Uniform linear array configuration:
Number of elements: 12
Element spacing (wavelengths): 0.5
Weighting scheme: cosine
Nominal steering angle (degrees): -60
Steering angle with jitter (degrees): -59.309
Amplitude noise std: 0.05
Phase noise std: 0.05

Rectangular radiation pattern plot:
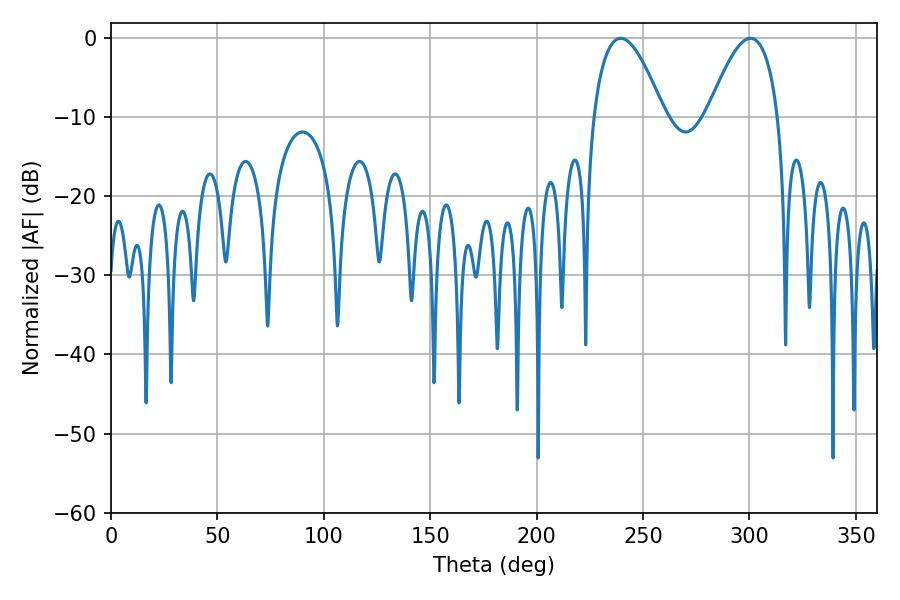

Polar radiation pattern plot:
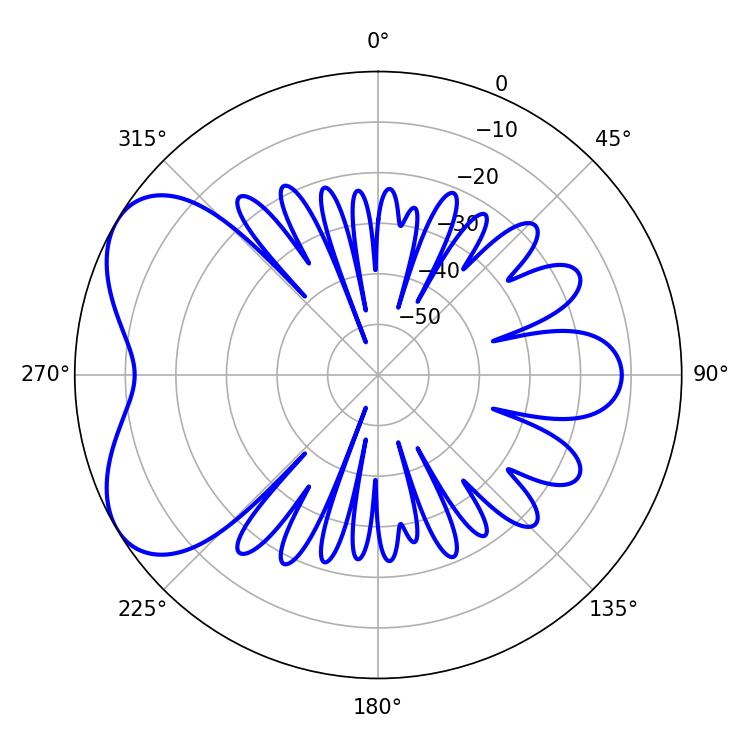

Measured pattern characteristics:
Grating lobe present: FALSE
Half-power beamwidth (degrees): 18.18
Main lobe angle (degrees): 239.4